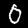
Digit: 0